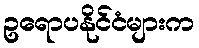
ဥရောပနိုင်ငံများက